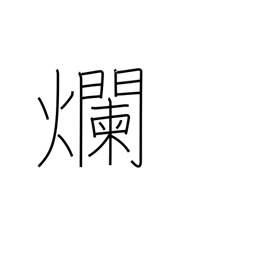
Meaning: be sore